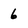
Character: 6